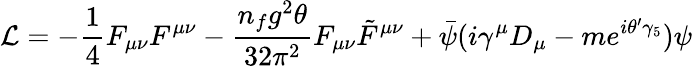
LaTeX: {\mathcal{L}}=-{\frac{1}{4}}F_{\mu\nu}F^{\mu\nu}-{\frac{n_{f}g^{2}\theta}{32\pi^{2}}}F_{\mu\nu}{\tilde{F}}^{\mu\nu}+{\bar{\psi}}(i\gamma^{\mu}D_{\mu}-me^{i\theta^{\prime}\gamma_{5}})\psi